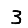
Digit: 3